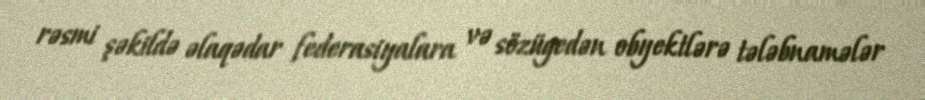
rəsmi şəkildə əlaqədar federasiyalara və sözügedən obyektlərə tələbnamələr